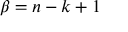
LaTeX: \beta = n - k + 1